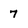
Character: 7